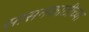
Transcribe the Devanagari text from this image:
सासनकाठीच्या